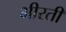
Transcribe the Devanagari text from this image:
भीरती